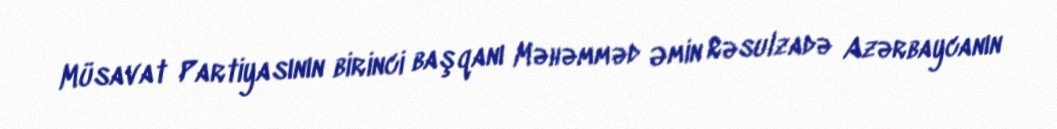
Müsavat Partiyasının birinci başqanı Məhəmməd Əmin Rəsulzadə Azərbaycanın